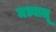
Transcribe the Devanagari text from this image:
मध्वालू